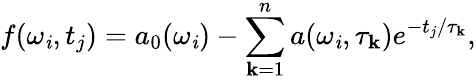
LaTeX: f(\omega_{\mathit{i}},t_{j})=a_{0}(\omega_{\mathit{i}})-\sum_{\mathbf{k}=1}^{n}a(\omega_{\mathit{i}},\tau_{\mathbf{k}})e^{-t_{j}/{\tau_{\mathbf{k}}}},